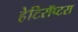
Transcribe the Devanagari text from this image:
हेटिरॉप्टरा